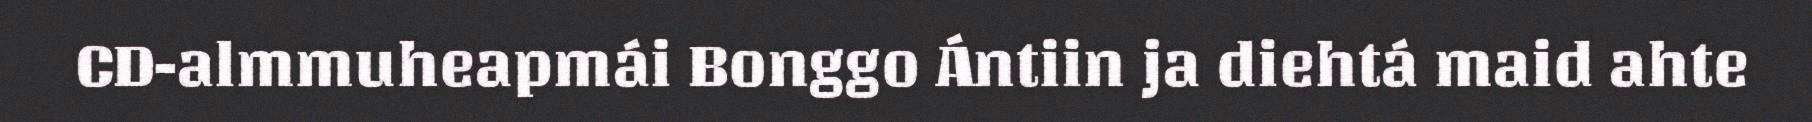
CD-almmuheapmái Bonggo Ántiin ja diehtá maid ahte